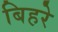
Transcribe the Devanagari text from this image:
बिहरे